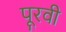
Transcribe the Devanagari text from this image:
पूरवी